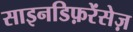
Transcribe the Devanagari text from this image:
साइनडिफ़रेंसेज़